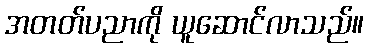
အတတ်ပညာကို ယူဆောင်လာသည်။